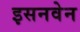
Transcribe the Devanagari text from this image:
इसनवेन